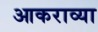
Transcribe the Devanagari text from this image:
आकराव्या